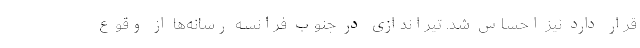
قرار دارد نیز احساس شد. تیراندازی در جنوب فرانسه رسانه‌ها از وقوع